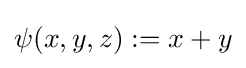
\psi (x,y,z):=x+y